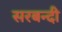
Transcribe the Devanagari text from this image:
सरबन्दी